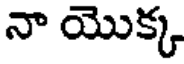
నా యొక్క